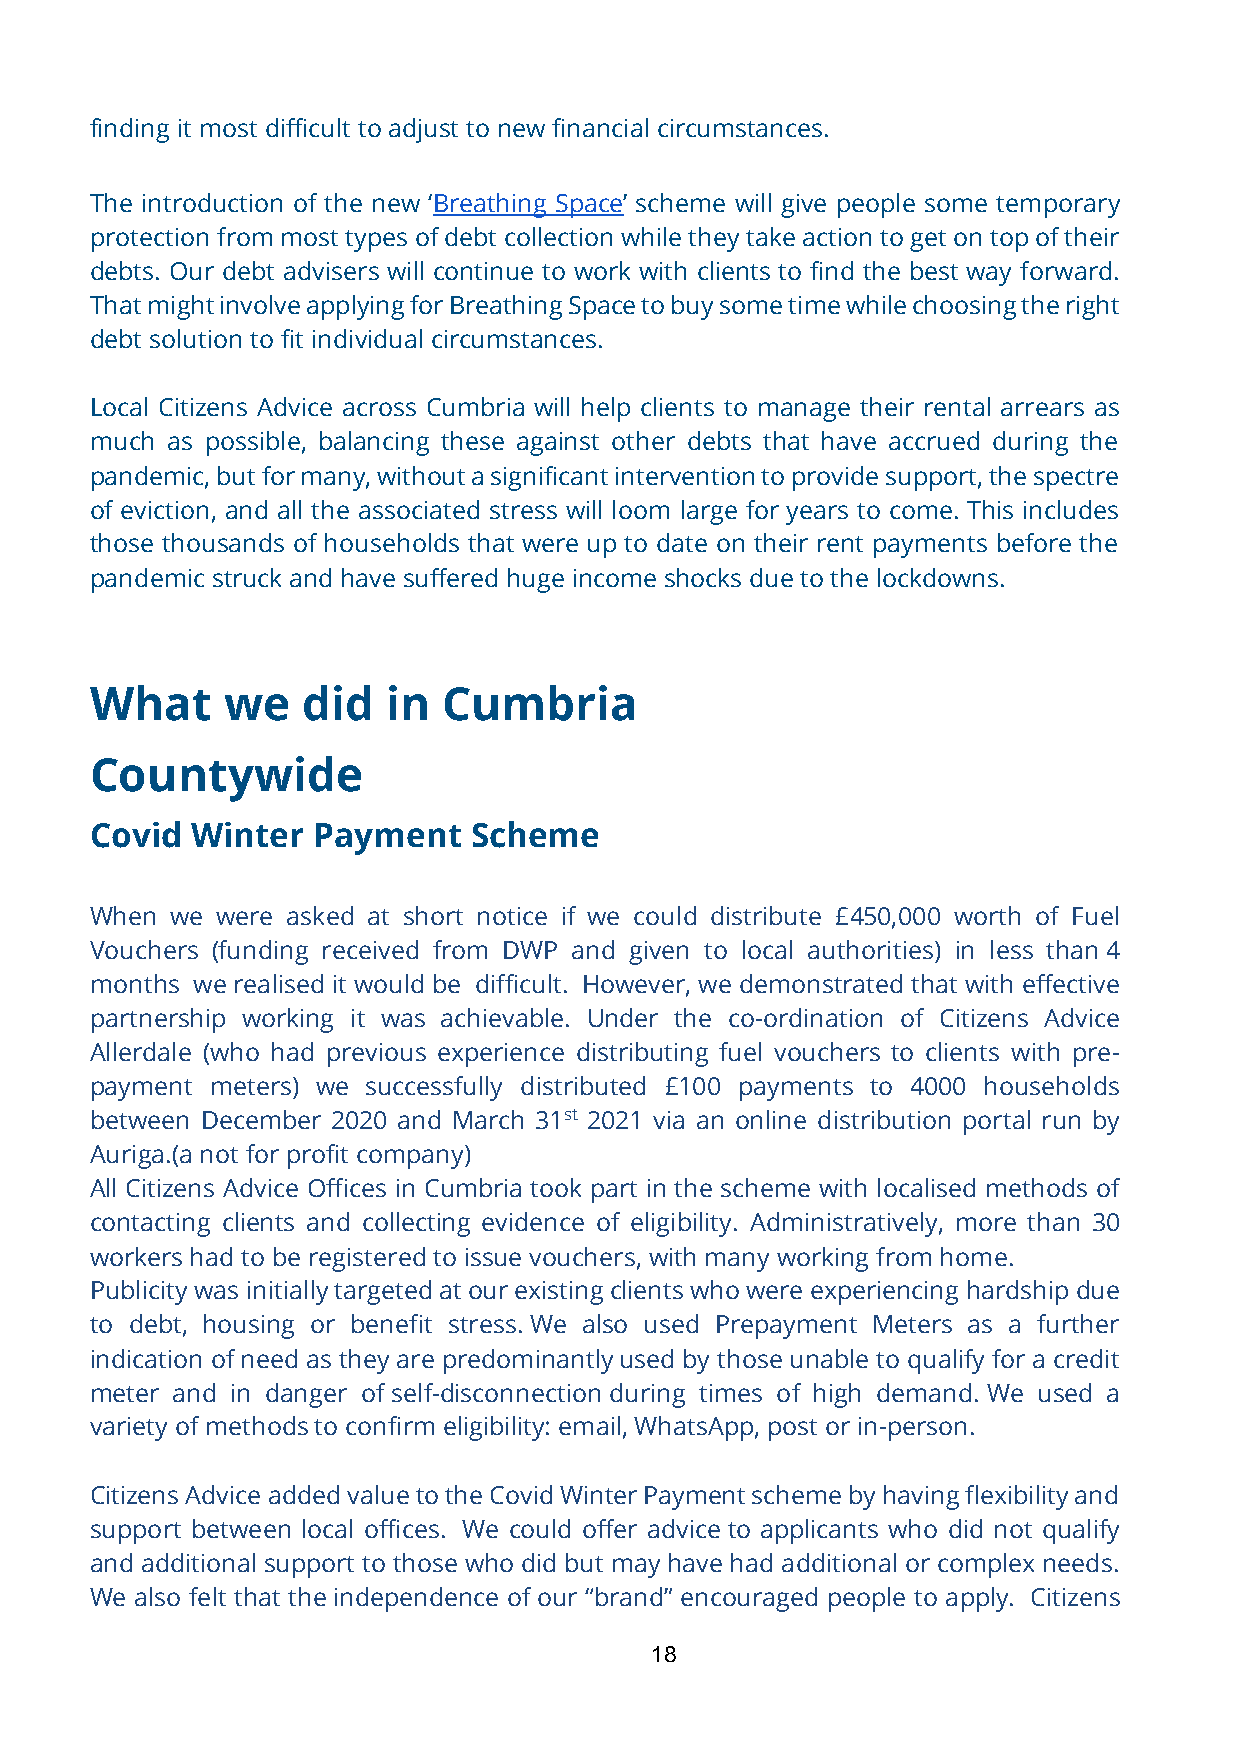
finding it most difficult to adjust to new financial circumstances.
 The introduction of the new ‘Breathing Space’ scheme will give people some temporary
 protection from most types of debt collection while they take action to get on top of their
 debts. Our debt advisers will continue to work with clients to find the best way forward.
 That might involve applying for Breathing Space to buy some time while choosing the right
 debt solution to fit individual circumstances.
 Local Citizens Advice across Cumbria will help clients to manage their rental arrears as
 much as possible, balancing these against other debts that have accrued during the
 pandemic, but for many, without a significant intervention to provide support, the spectre
 of eviction, and all the associated stress will loom large for years to come. This includes
 those thousands of households that were up to date on their rent payments before the
 pandemic struck and have suffered huge income shocks due to the lockdowns.
 What     we   did   in Cumbria
 Countywide
 Covid  Winter  Payment   Scheme
 When we were asked at short notice if we could distribute £450,000 worth of Fuel
 Vouchers (funding received from DWP and given to local authorities) in less than 4
 months we realised it would be difficult. However, we demonstrated that with effective
 partnership working it was achievable. Under the co-ordination of Citizens Advice
 Allerdale (who had previous experience distributing fuel vouchers to clients with pre-
 payment meters) we successfully distributed £100 payments to 4000 households
 between December 2020 and March 31st 2021 via an online distribution portal run by
 Auriga.(a not for profit company)
 All Citizens Advice Offices in Cumbria took part in the scheme with localised methods of
 contacting clients and collecting evidence of eligibility. Administratively, more than 30
 workers had to be registered to issue vouchers, with many working from home.
 Publicity was initially targeted at our existing clients who were experiencing hardship due
 to debt, housing or benefit stress. We also used Prepayment Meters as a further
 indication of need as they are predominantly used by those unable to qualify for a credit
 meter and in danger of self-disconnection during times of high demand. We used a
 variety of methods to confirm eligibility: email, WhatsApp, post or in-person.
 Citizens Advice added value to the Covid Winter Payment scheme by having flexibility and
 support between local offices. We could offer advice to applicants who did not qualify
 and additional support to those who did but may have had additional or complex needs.
 We also felt that the independence of our “brand” encouraged people to apply. Citizens
 18